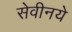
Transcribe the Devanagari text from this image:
सेवीनये